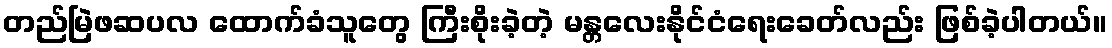
တည်မြဲဖဆပလ ထောက်ခံသူတွေ ကြီးစိုးခဲ့တဲ့ မန္တလေးနိုင်ငံရေးခေတ်လည်း ဖြစ်ခဲ့ပါတယ်။